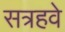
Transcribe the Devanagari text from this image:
सत्रहवे